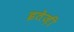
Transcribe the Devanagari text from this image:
इतेज़ी